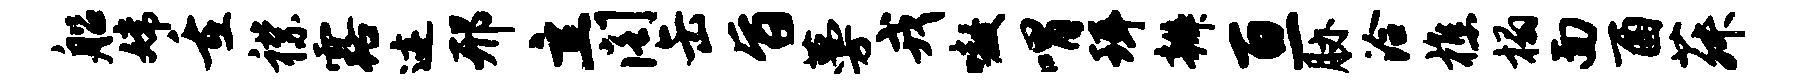
船嫦重襟露迹邢立阁缶旨蔓戎嗷喟珥辫亘胁洽樵榻面酉菽